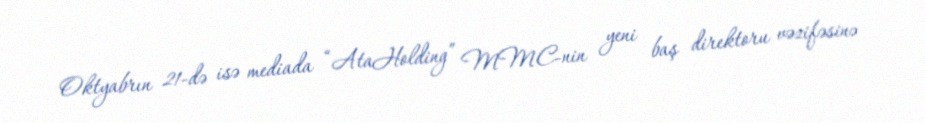
Oktyabrın 21-də isə mediada “AtaHolding” MMC-nin yeni baş direktoru vəzifəsinə